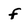
Character: f